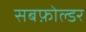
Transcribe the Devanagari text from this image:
सबफ़ोल्डर